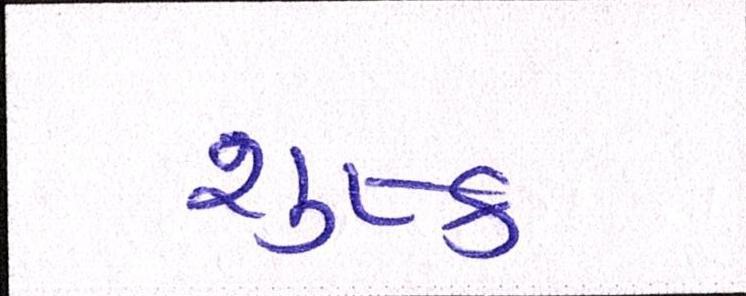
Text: શુષ્ક